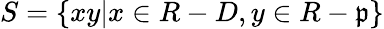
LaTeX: S=\{ xy|x\in R-D,y\in R-{\mathfrak{p}}\}